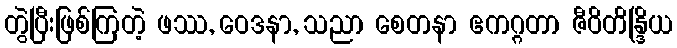
တွဲပြီးဖြစ်ကြတဲ့ ဖဿ, ဝေဒနာ, သညာ စေတနာ ဧကဂ္ဂတာ ဇီဝိတိန္ဒြိယ